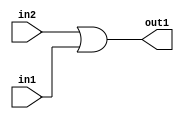
`timescale 1ps / 1ps
/*****************************************************************************
    Verilog RTL Description
    
    
    Created by: Stratus DpOpt 2019.1.01 
*******************************************************************************/

module bn_addr_gen_Or_1U_3_4 (
	in2,
	in1,
	out1
	); /* architecture "behavioural" */ 
input  in2,
	in1;
output  out1;
wire  asc001;

assign asc001 = 
	(in2)
	|(in1);

assign out1 = asc001;
endmodule

/* CADENCE  urbxTgo= : u9/ySgnWtBlWxVPRXgAZ4Og= ** DO NOT EDIT THIS LINE ******/